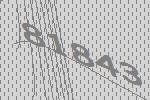
81843